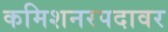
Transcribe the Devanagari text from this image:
कमिशनरपदावर